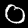
Digit: 0